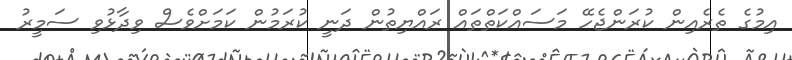
އިމުގެ ތެރެއިން ކުރަންޖެހޭ މަސައްކަތްތައް ރައްޔިތުން ދަނީ ކުރަމުން ކަމަށްވެސް ވިދާޅުވި ސަމީރު